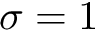
\sigma = 1